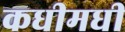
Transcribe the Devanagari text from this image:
कधीमधी